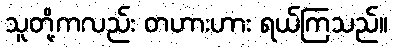
သူတို့ကလည်း တဟားဟား ရယ်ကြသည်။